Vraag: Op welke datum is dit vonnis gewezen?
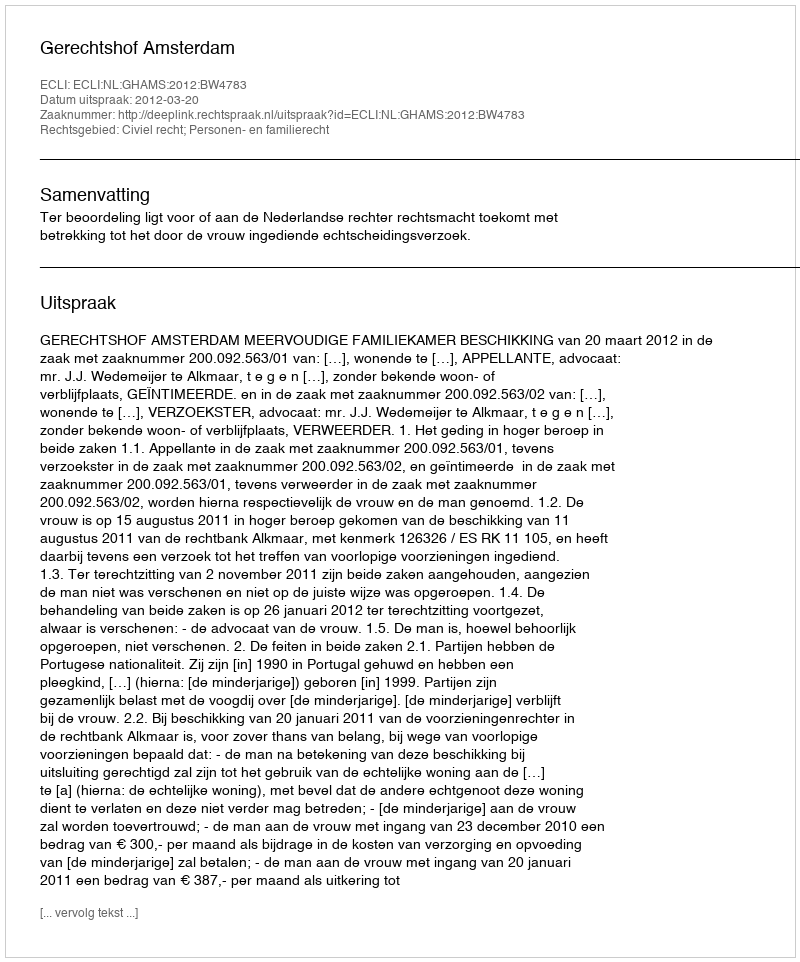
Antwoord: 2012-03-20